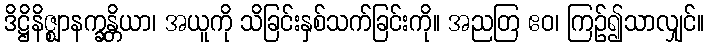
ဒိဋ္ဌိနိဇ္ဈာနက္ခန္တိယာ၊ အယူကို သိခြင်းနှစ်သက်ခြင်းကို။ အညတြ ဧဝ၊ ကြဉ်၍သာလျှင်။